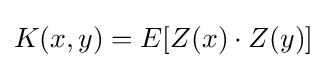
K(x,y)=E[Z(x)\cdot Z(y)]